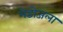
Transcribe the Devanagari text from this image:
मेडोजला